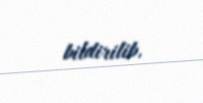
bildirilib.